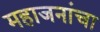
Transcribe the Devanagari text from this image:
महाजनांचा